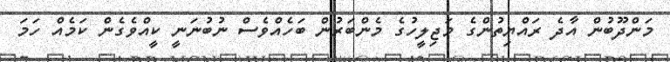
މަންދޫބުން އާދެ ރައްޔިތުންގެ މަޖިލީހުގެ މެންބަރުން ބަހެއްވެސް ނުބުނަނީ ކީއްވެގެން ކަމެއް ހަމަ